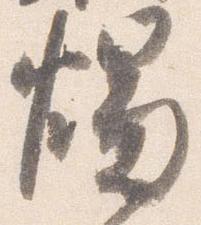
燭